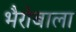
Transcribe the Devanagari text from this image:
भैरोबाला